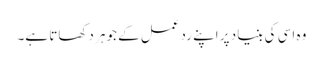
وہ اسی کی بنیاد پر اپنے ردعمل کے جوہر دکھاتا ہے۔